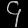
Digit: ၄